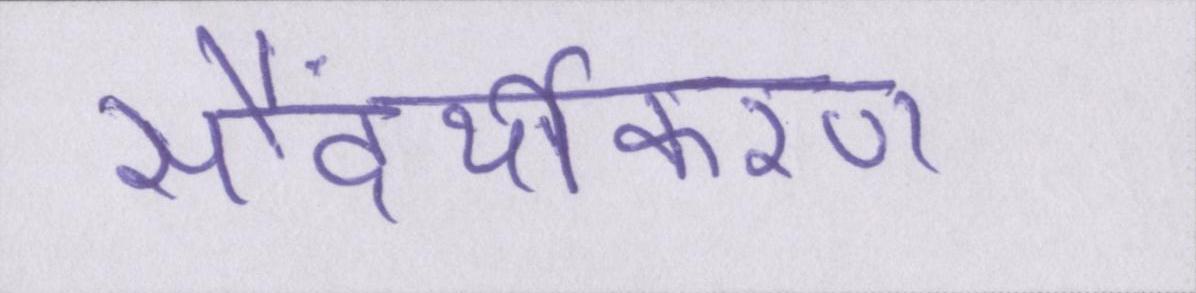
सौंदर्यीकरण